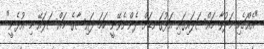
"އެއްޗެހި މަދުވާ މައްސަލައިގައި އަޅުގަނޑަށް ދެންނެވޭނީ ހަމަ ފައިސާގެ މައްސަލައޭ މި އުޅެނީ"